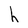
Character: h